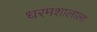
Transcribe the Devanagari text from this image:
धरमशालाला